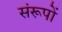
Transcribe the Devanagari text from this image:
संरूपों